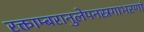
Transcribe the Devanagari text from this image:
रक्ताम्बरानुलेपनस्रगाभरणां